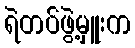
ရဲတပ်ဖွဲ့မှူးက